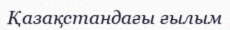
Қазақстандағы ғылым